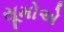
સૂમોએ